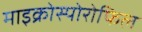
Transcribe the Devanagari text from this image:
माइक्रोस्पोरोफिल